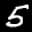
Label: 5